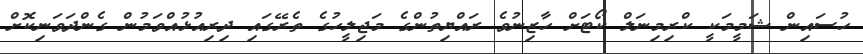
ހުސައިން ޝަމީމަކީ ކްރިމިނަލް ކޯޓަށް ހާޒިނުވެ ރައްޔިތުންގެ މަޖިލީހުގެ ތެރޭގައި ދިރިއުޅުއްވަމުން ގެންދަވަނިކޮށް